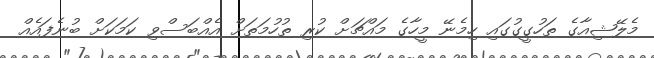
މެލޭޝިއާގެ ތަހުގީގުގައި ހިމެނޭ މީހާގެ މައްޗަށް ކުރި ތުހުމަތަށް އެއްބަސްވި ކަމަކަށް ބުނެފައެއް